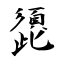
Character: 頾